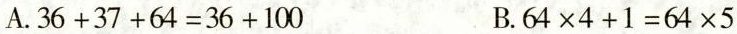
A.$$3 6 + 3 7 + 6 4 = 3 6 + 1 0 0$$ B.$$6 4 \times 4 + 1 = 6 4 \times 5$$